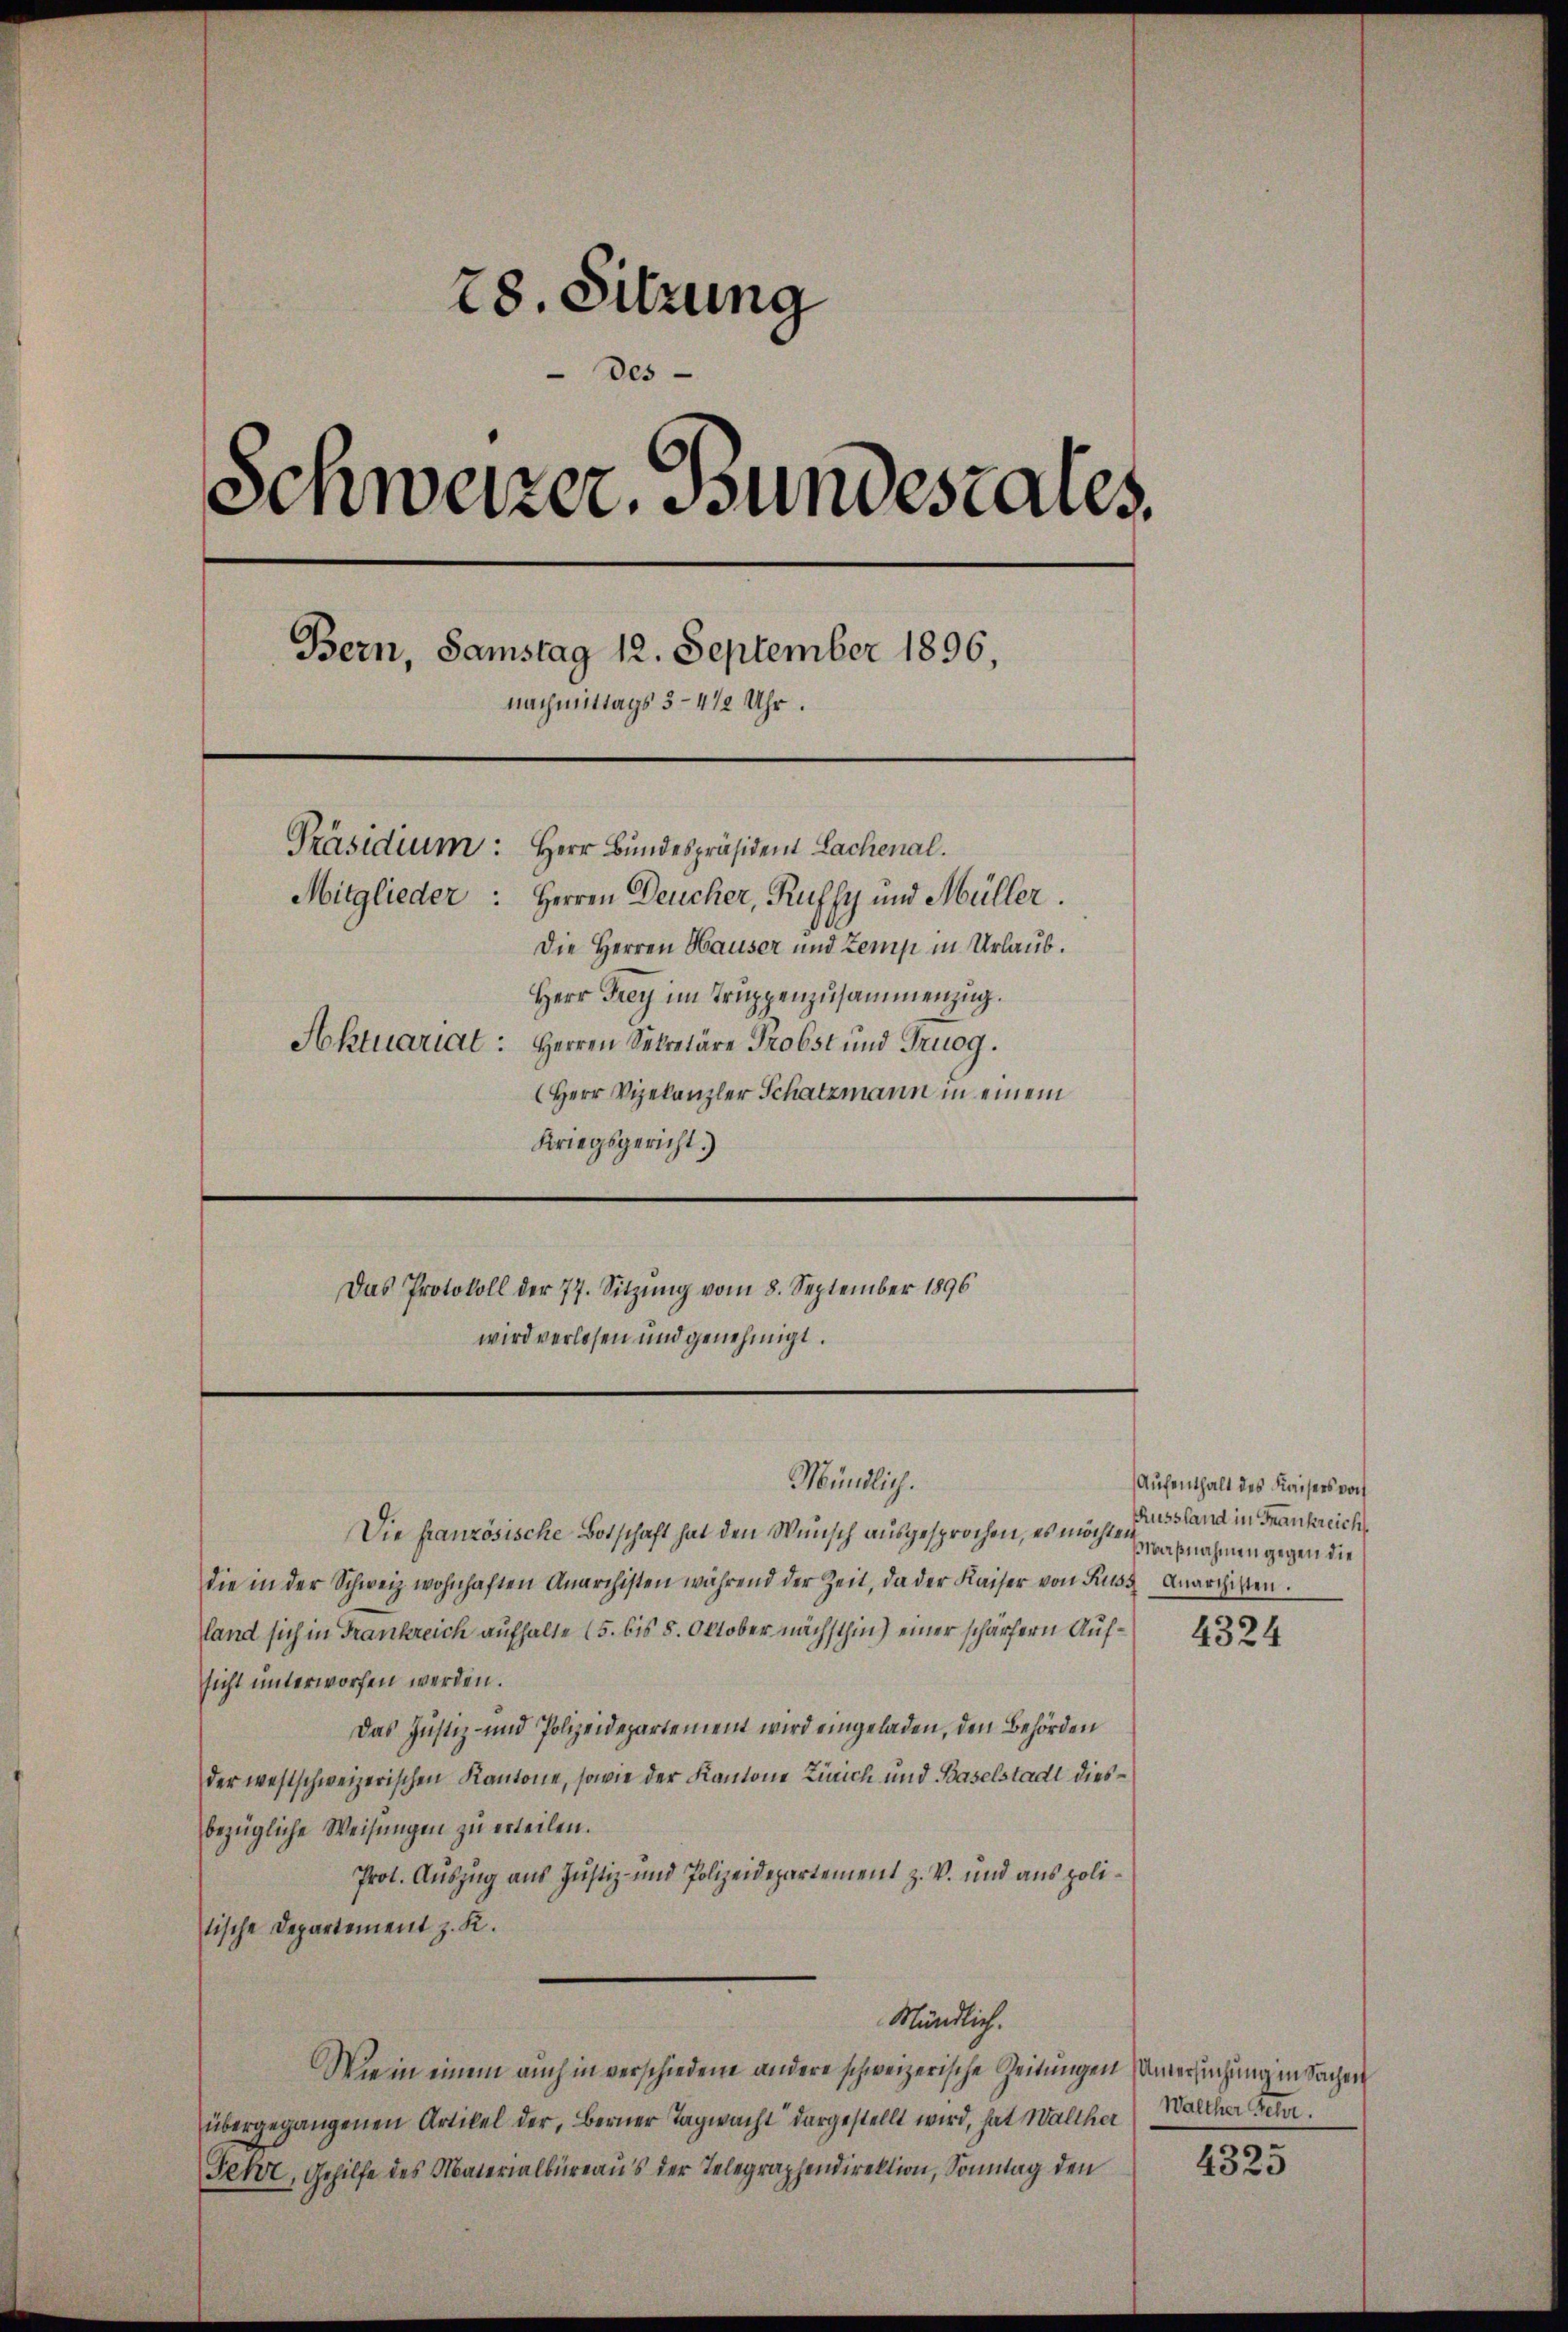
28. Sitzung
Des
Schweizer. Bundestares,
Bern, Samstag 12. September 1896,
nachmittags 3 -412 Uhr.
Präsidium: Herr Bundespräsident Lachenal.
Mitglieder: Herren Deucher, Russy und Müller.
Die Herren Hauser und Zemp in Urlaub.
Herr Frey im Truppenzusammenzug.
Aktuariat: Herren Sekretäre Probst und Truog.
Herr Vizekanzler Schatzmann in einem
Kriegsgericht.)

Das Protokoll der 77. Sitzung vom 8. September 1896
wird verlosen und genehmigt.

Mündlich.

Die französische Botschaft hat den Wunsch ausgesprochen, es mögensnahmen gegen die
die in der Schweiz wohnhaften Anarchisten während der Zeit, da der Kaiser von Pros, Anarchisten.
land sich in Frankreich aufhalte (5. bis 8. Oktober nächsthin) einer schärfern Aufsicht unterworfen werden.
Das Justiz- und Polizeidepartement wird eingeladen, den Behörden
der westschweizerischen Kantone, sowie der Kantone Zürich und Baselstadt diesbezügliche Weisungen zu erteilen.
Prot. Auszug aus Justiz- und Polizeidepartement z. B. und aus politische Departement z. K.
Mündlich.
Wie in einem auch in verschiedene andere schweizerische Zeitungen Untersuchung in Sachen
übergegangenen Artikel der, Berner Tagwacht dargestellt wird, hat Walther
Fehr, Gehilfe des Materialbüreaus der Telegraphendirektion, Sonntag den

Aufenthalt des Kaisers vor
Aussland in Frankreich

4324

Walcher Peter.

4325